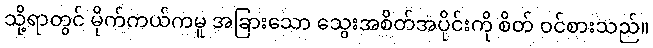
သို့ရာတွင် မိုက်ကယ်ကမူ အခြားသော သွေးအစိတ်အပိုင်းကို စိတ် ဝင်စားသည်။